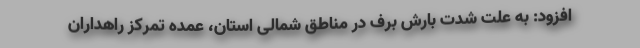
افزود: به علت شدت بارش برف در مناطق شمالی استان، عمده تمرکز راهداران